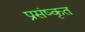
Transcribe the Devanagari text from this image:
प्रसंष्कृत